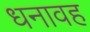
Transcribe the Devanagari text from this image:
धनावह